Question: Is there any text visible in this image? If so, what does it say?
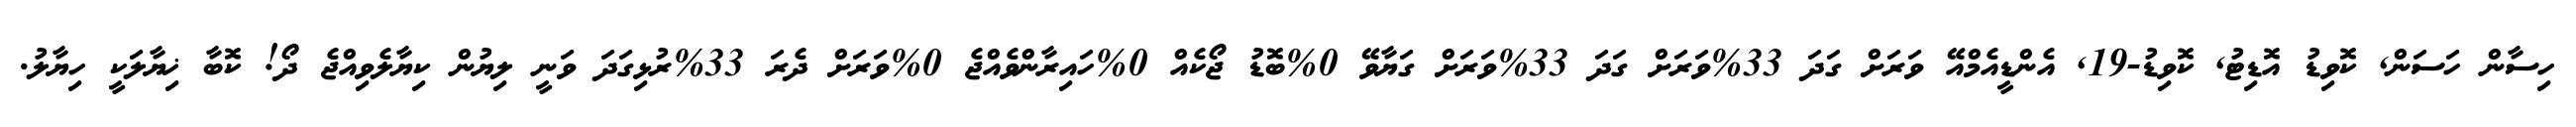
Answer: ހިސާން ހަސަން, ކޮވިޑު އޮޑިޓު, ކޮވިޑު-19, އެންޑީއެމްއޭ ވަރަށް ގަދަ 33%ވަރަށް ގަދަ 33%ވަރަށް ގަޔާވޭ 0%ބޮޑު ޖޯކެއް 0%ހައިރާންވެއްޖެ 0%ވަރަށް ދެރަ 33%ރުޅިގަދަ ވަނީ ލިޔުން ކިޔާލެވިއްޖެ ދޯ! ކޮބާ ޚިޔާލަކީ ހިޔާލު.